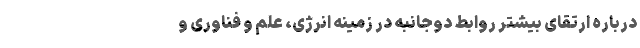
درباره ارتقای بیشتر روابط دوجانبه در زمینه انرژی، علم و فناوری و